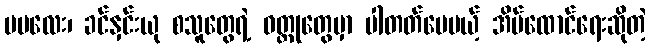
မမလေး၊ ခင်နှင်းယု စသူတွေရဲ့ ဝတ္ထုတွေမှာ ပါတတ်ပေမယ့် အိမ်ထောင်ရေးဆိုတဲ့